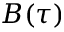
B ( \tau )